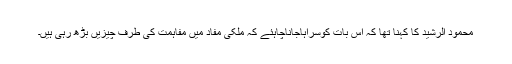
محمود الرشید کا کہنا تھا کہ اس بات کوسراہاجاناچاہئے کہ ملکی مفاد میں مفاہمت کی طرف چیزیں بڑھ رہی ہیں۔